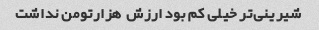
شیرینی‌تر خیلی کم بود ارزش  هزارتومن نداشت